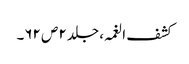
کشف الغمہ ، جلد ۲ ص ۶۲۔